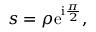
s = \rho \mathrm { e } ^ { \mathrm { i } \frac { \pi } { 2 } } ,